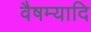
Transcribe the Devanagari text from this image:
वैषम्यादि